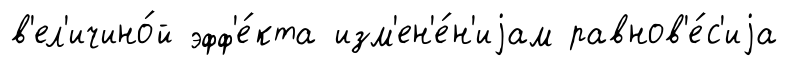
в'ел'ичино́й эфф'е́кта изм'ен'е́н'иjам равнов'е́с'иjа